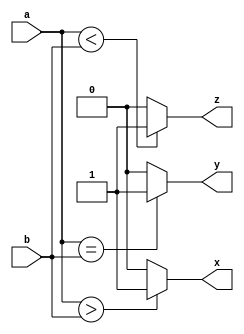
`timescale 1ns / 1ps
//////////////////////////////////////////////////////////////////////////////////
// Company: 
// Engineer: 
// 
// Design Name: 
// Module Name: fourBitComparator
// Project Name: 
// Target Devices: 
// Tool Versions: 
// Description: 
// 
// Dependencies: 
// 
// Revision:
// Revision 0.01 - File Created
// Additional Comments:
// 
//////////////////////////////////////////////////////////////////////////////////


module fourBitComparator(
    input wire [3:0] a,b,
    output wire x,y,z
    );
    
    assign x = (a > b) ? 1'b1 : 1'b0;
    assign y = (a == b) ? 1'b1 : 1'b0;
    assign z = (a < b) ? 1'b1 : 1'b0;
endmodule